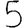
Digit: 5